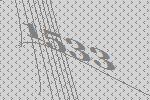
1533